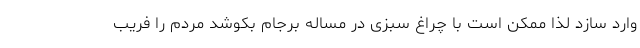
وارد سازد لذا ممکن است با چراغ سبزی در مساله برجام بکوشد مردم را فریب